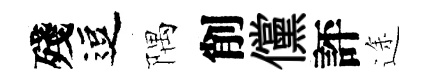
殘逗隅削儻評途